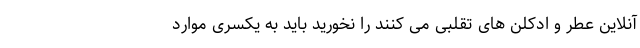
آنلاین عطر و ادکلن های تقلبی می کنند را نخورید باید به یکسری موارد